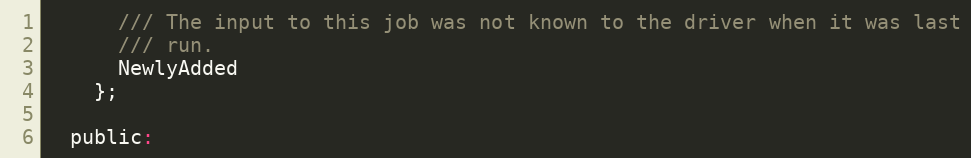
Language: C
      /// The input to this job was not known to the driver when it was last
      /// run.
      NewlyAdded
    };

  public: